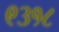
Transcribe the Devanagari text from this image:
९३१८